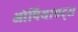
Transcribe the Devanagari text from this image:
ओपियाएट्स